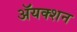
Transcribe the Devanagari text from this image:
ॲयक्शन